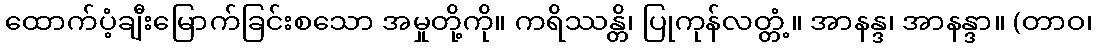
ထောက်ပံ့ချီးမြောက်ခြင်းစသော အမှုတို့ကို။ ကရိဿန္တိ၊ ပြုကုန်လတ္တံ့။ အာနန္ဒ၊ အာနန္ဒာ။ (တာဝ၊